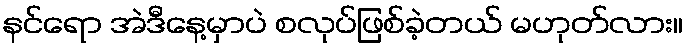
နင်ရော အဲဒီနေ့မှာပဲ စလုပ်ဖြစ်ခဲ့တယ် မဟုတ်လား။